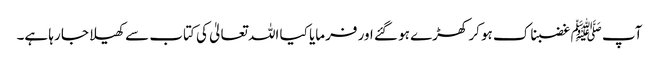
آپ ﷺ غضبناک ہو کر کھڑے ہو گئے اور فرمایا کیا اللہ تعالیٰ کی کتاب سے کھیلا جا رہا ہے۔